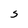
Character: S